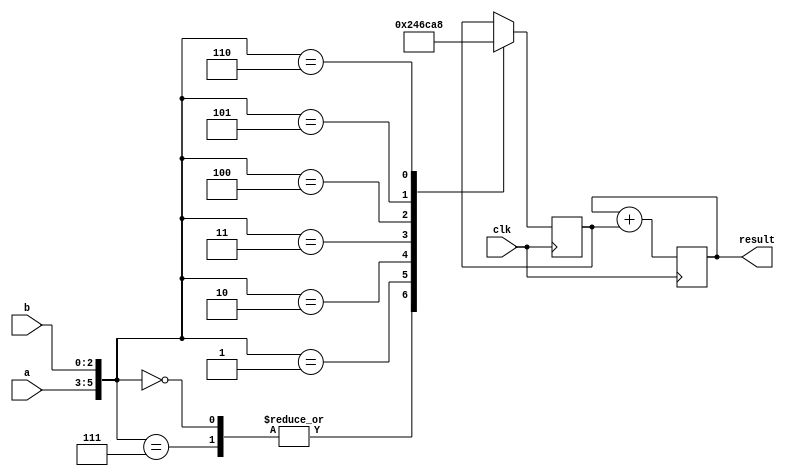
module booth_multiplier (
    input wire clk,
    input wire [2:0] a,
    input wire [2:0] b,
    output reg [15:0] result
);

reg [2:0] a_shifted;
reg [2:0] b_shifted;
reg [3:0] partial_product;

always @ (posedge clk) begin
    a_shifted <= {a[2], a};
    b_shifted <= {b[2], b};

    case ({a, b})
        3'b000, 3'b111: partial_product <= 4'b0000;
        3'b001: partial_product <= 4'b0010;
        3'b010: partial_product <= 4'b0100;
        3'b011: partial_product <= 4'b0110;
        3'b100: partial_product <= 4'b1100;
        3'b101: partial_product <= 4'b1010;
        3'b110: partial_product <= 4'b1000;
    endcase
end

always @ (posedge clk) begin
    result <= result + partial_product;
end

endmodule